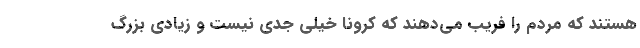
هستند که مردم را فریب می‌دهند که کرونا خیلی جدی نیست و زیادی بزرگ